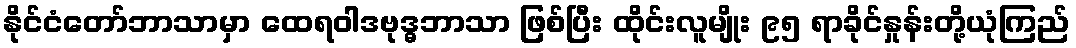
နိုင်ငံတော်ဘာသာမှာ ထေရဝါဒဗုဒ္ဓဘာသာ ဖြစ်ပြီး ထိုင်းလူမျိုး ၉၅ ရာခိုင်နှုန်းတို့ယုံကြည်